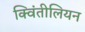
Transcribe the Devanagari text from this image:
क्विंतीलियन